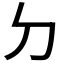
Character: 𠚣